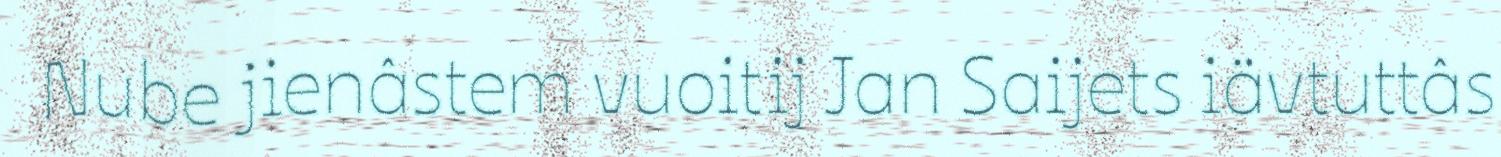
Nube jienâstem vuoitij Jan Saijets iävtuttâs